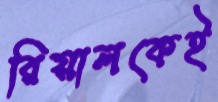
রিয়ালকেই